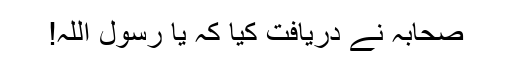
صحابہ نے دریافت کیا کہ یا رسول اللہ!